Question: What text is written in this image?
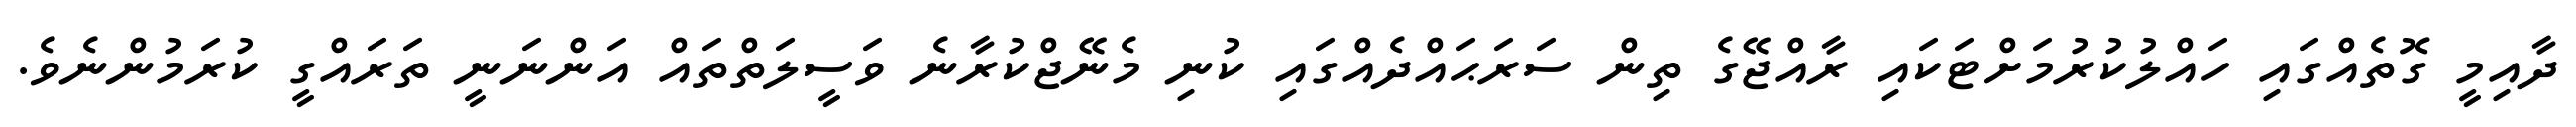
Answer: ދާއިމީ ގޮތެއްގައި ހައްލުކުރުމަށްޓަކައި ރާއްޖޭގެ ތިން ސަރަޙައްދެއްގައި ކުނި މެނޭޖްކުރާނެ ވަސީލަތްތައް އަންނަނީ ތަރައްގީ ކުރަމުންނެވެ.